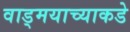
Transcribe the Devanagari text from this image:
वाड्मयाच्याकडे